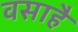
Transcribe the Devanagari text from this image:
वसाहै